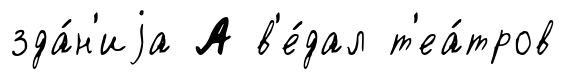
зда́н'иjа А в'е́дал т'еа́тров